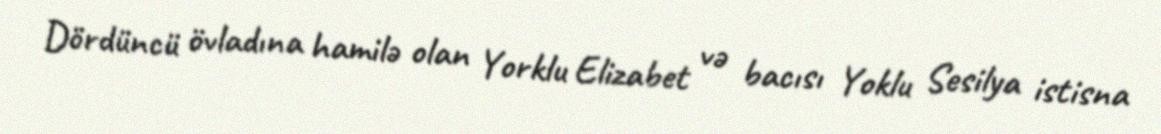
Dördüncü övladına hamilə olan Yorklu Elizabet və bacısı Yoklu Sesilya istisna